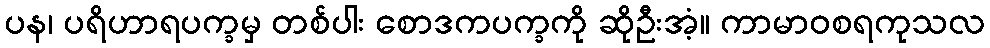
ပန၊ ပရိဟာရပက္ခမှ တစ်ပါး စောဒကပက္ခကို ဆိုဦးအံ့။ ကာမာဝစရကုသလ